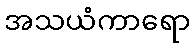
အသယံကာရော